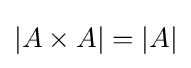
|A\times A|=|A|